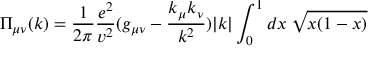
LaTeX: \Pi _ { \mu \nu } ( k ) = \frac { 1 } { 2 \pi } \frac { e ^ { 2 } } { v ^ { 2 } } ( g _ { \mu \nu } - \frac { k _ { \mu } k _ { \nu } } { k ^ { 2 } } ) | k | \int _ { 0 } ^ { 1 } d x \: \sqrt { x ( 1 - x ) }